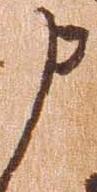
申